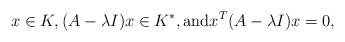
\begin{align*} x \in K, (A-\lambda I)x \in K^*, \textrm{and} x^T (A-\lambda I)x = 0,\end{align*}